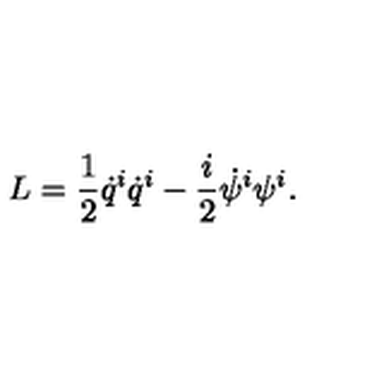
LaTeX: L = \frac { 1 } { 2 } \dot { q } ^ { i } \dot { q } ^ { i } - \frac { i } { 2 } \dot { \psi } ^ { i } \psi ^ { i } .